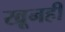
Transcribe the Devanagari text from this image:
खूनही